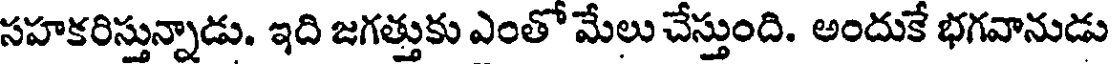
సహకరిస్తున్నాడు. ఇది జగత్తుకు ఎంతో మేలు చేస్తుంది. అందుకే భగవానుడు